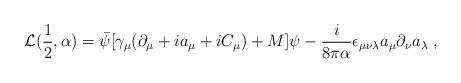
LaTeX: \begin{align*}{\cal L}(\frac{1}{2}, \alpha) = \bar\psi[\gamma_\mu(\partial_\mu + ia_\mu +iC_\mu) +M]\psi- \frac{i}{8\pi\alpha}\epsilon_{\mu\nu\lambda}a_\mu\partial_\nu a_\lambda\;,\end{align*}